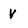
Character: V